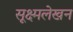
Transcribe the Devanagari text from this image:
सूक्ष्मलेखन